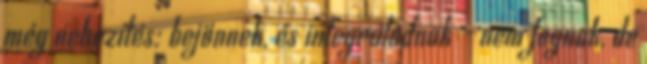
még nehezítés: bejönnek, és integrálódnak - nem fognak, de